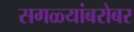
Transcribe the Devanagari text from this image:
सगळ्यांबरोबर